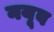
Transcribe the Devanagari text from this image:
नयूब